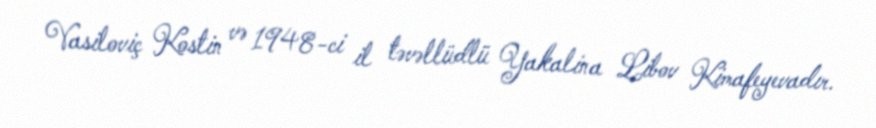
Vasiloviç Kostin və 1948-ci il təvəllüdlü Yakalina Libov Kimafeyevadır.